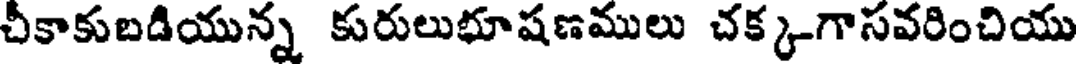
చీకాకుబడియున్న కురులుభూషణములు చక్క-గాసవరించియు